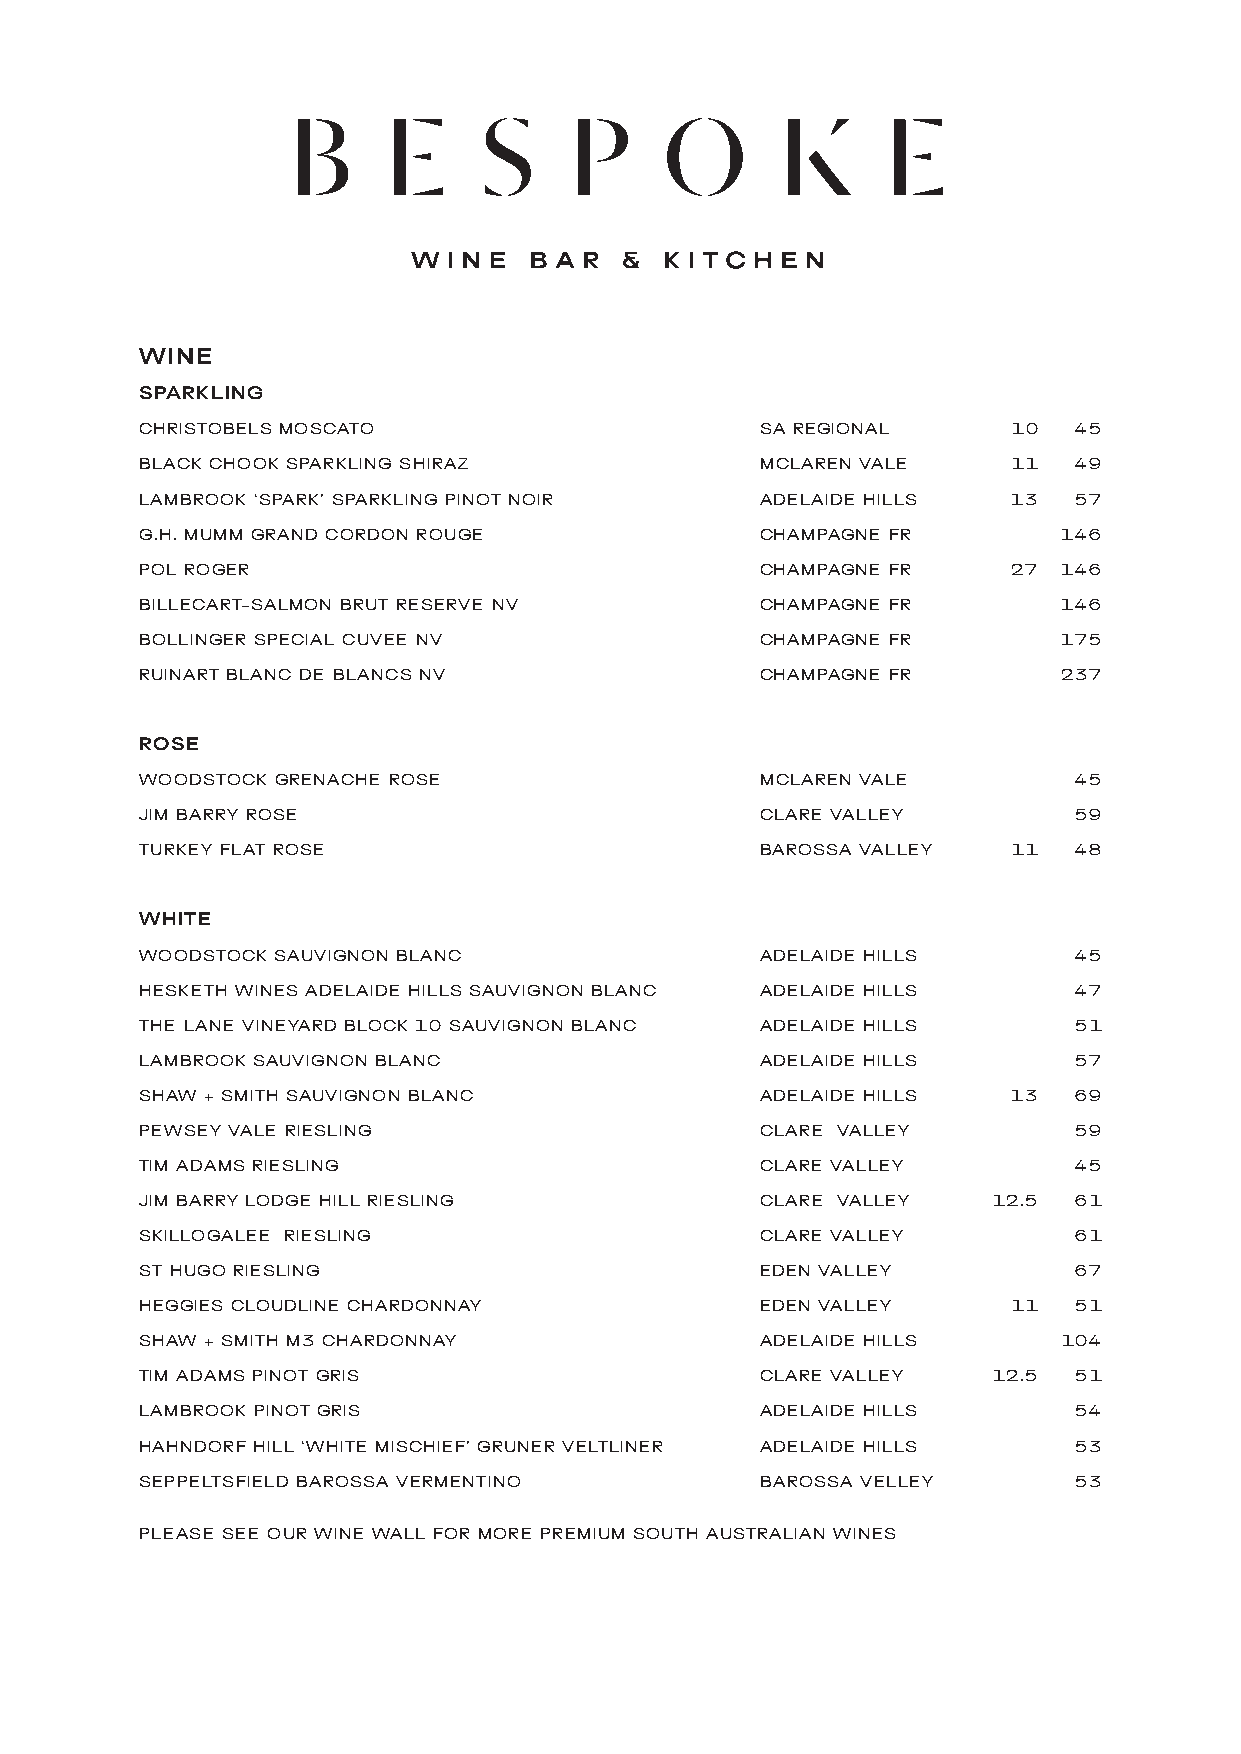
WINE
 SPARKLING
 CHRISTOBELS MOSCATO                      SA REGIONAL      10  45
 BLACK CHOOK SPARKLING SHIRAZ             MCLAREN VALE     11  49
 LAMBROOK ‘SPARK’ SPARKLING PINOT NOIR    ADELAIDE HILLS   13  57
 G.H. MUMM GRAND CORDON ROUGE             CHAMPAGNE FR        146
 POL ROGER                                CHAMPAGNE FR     27 146
 BILLECART-SALMON BRUT RESERVE NV         CHAMPAGNE FR        146
 BOLLINGER SPECIAL CUVEE NV               CHAMPAGNE FR        175
 RUINART BLANC DE BLANCS NV               CHAMPAGNE FR        237
 ROSE
 WOODSTOCK GRENACHE ROSE                  MCLAREN VALE         45
 JIM BARRY ROSE                           CLARE VALLEY         59
 TURKEY FLAT ROSE                         BAROSSA VALLEY   11  48
 WHITE
 WOODSTOCK SAUVIGNON BLANC                ADELAIDE HILLS       45
 HESKETH WINES ADELAIDE HILLS SAUVIGNON BLANC ADELAIDE HILLS   47
 THE LANE VINEYARD BLOCK 10 SAUVIGNON BLANC ADELAIDE HILLS     51
 LAMBROOK SAUVIGNON BLANC                 ADELAIDE HILLS       57
 SHAW + SMITH SAUVIGNON BLANC             ADELAIDE HILLS   13  69
 PEWSEY VALE RIESLING                     CLARE VALLEY         59
 TIM ADAMS RIESLING                       CLARE VALLEY         45
 JIM BARRY LODGE HILL RIESLING            CLARE VALLEY    12.5 61
 SKILLOGALEE RIESLING                     CLARE VALLEY         61
 ST HUGO RIESLING                         EDEN VALLEY          67
 HEGGIES CLOUDLINE CHARDONNAY             EDEN VALLEY      11  51
 SHAW + SMITH M3 CHARDONNAY               ADELAIDE HILLS      104
 TIM ADAMS PINOT GRIS                     CLARE VALLEY    12.5 51
 LAMBROOK PINOT GRIS                      ADELAIDE HILLS       54
 HAHNDORF HILL ‘WHITE MISCHIEF’ GRUNER VELTLINER ADELAIDE HILLS 53
 SEPPELTSFIELD BAROSSA VERMENTINO         BAROSSA VELLEY       53
 PLEASE SEE OUR WINE WALL FOR MORE PREMIUM SOUTH AUSTRALIAN WINES